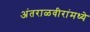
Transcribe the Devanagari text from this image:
अंतराळवीरांमध्ये